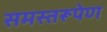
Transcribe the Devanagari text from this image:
समस्तरूपेण